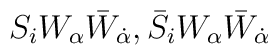
S_iW_\alpha\bar W_{\dot \alpha},\bar S_iW_\alpha\bar W_{\dot \alpha}